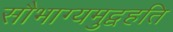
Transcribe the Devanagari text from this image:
सौभाग्यमुद्वहति